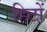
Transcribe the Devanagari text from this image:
हिटों